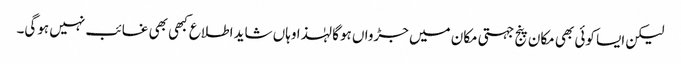
لیکن ایسا کوئی بھی مکان پنج جہتی مکان میں جڑواں ہوگا لہٰذا وہاں شاید اطلاع کبھی بھی غائب نہیں ہوگی۔